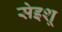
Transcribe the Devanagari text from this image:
सेइशू